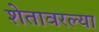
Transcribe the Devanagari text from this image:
शेतावरल्या